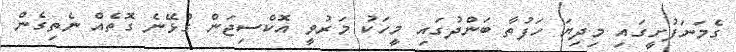
ގެމަނަފުށީގައި މިދިޔަ ހަފުތާ ބަންދުގައި މީހަކު މަރުވީ އޮކްސިޖަން ގުޅޭނެ ގޮތެއް ނެތިގެން